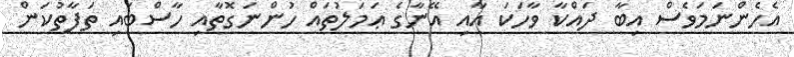
އެހެންނަމަވެސް އިބާ ދައްކާ ވާހަކަ އާއި އޭނާގެ ޢަމަލުތައް ހުންނަގޮތާއި ހާސްބައި ތަފާތުކަން